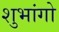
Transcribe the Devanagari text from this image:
शुभांगो